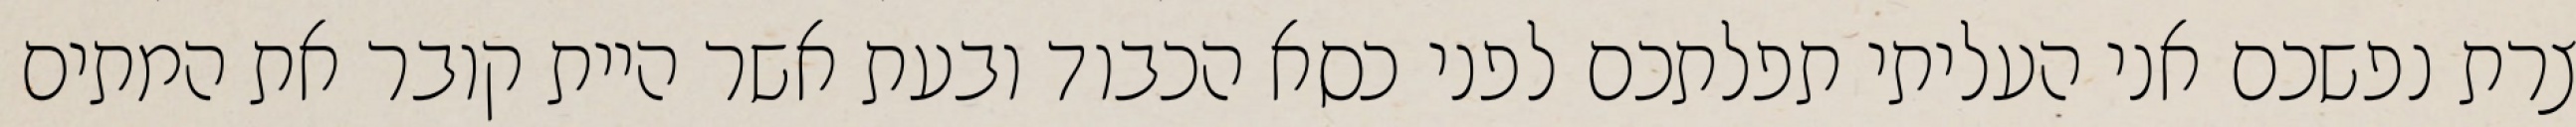
צרת נפשכם אני העליתי תפלתכם לפני כסא הכבוד ובעת אשר היית קובר את המתים